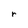
Character: r